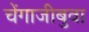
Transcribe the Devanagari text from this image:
चेंगाजीबुवा